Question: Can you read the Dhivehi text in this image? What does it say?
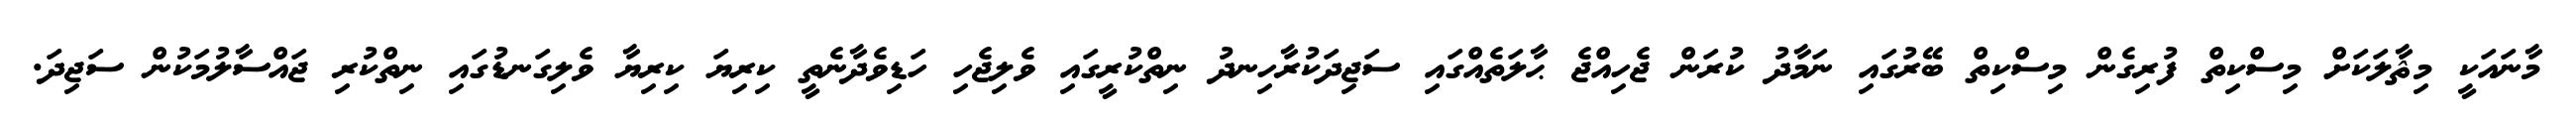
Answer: މާނައަކީ މިޘާލަކަށް މިސްކިތް ފުރިގެން މިސްކިތް ބޭރުގައި ނަމާދު ކުރަން ޖެހިއްޖެ ޙާލަތެއްގައި ސަޖިދަކުރާހިނދު ނިތްކުރީގައި ވެލިޖެހި ހަޑިވެދާނެތީ ކިރިޔަ ކިރިޔާ ވެލިގަނޑުގައި ނިތްކުރި ޖައްސާލުމަކުން ސަޖިދަ.